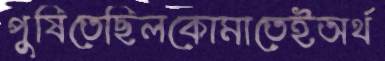
পুষিতেছিলকোমাতেইঅর্থ